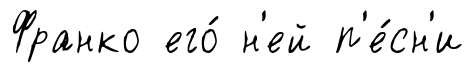
Франко его́ н'ей п'е́сн'и